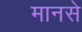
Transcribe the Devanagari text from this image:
मानसे